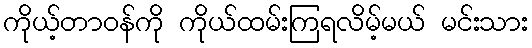
ကိုယ့်တာဝန်ကို ကိုယ်ထမ်းကြရလိမ့်မယ် မင်းသား